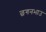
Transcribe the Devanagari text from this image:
छगनभाउ